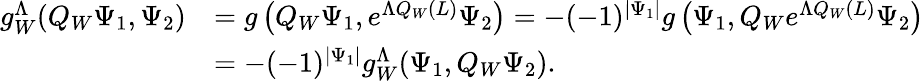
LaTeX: \begin{array}{rl}{g_{W}^{\Lambda}(Q_{W}\Psi_{1},\Psi_{2})}&{=g\left(Q_{W}\Psi_{1},e^{\Lambda Q_{W}(L)}\Psi_{2}\right)=-(-1)^{|\Psi_{1}|}g\left(\Psi_{1},Q_{W}e^{\Lambda Q_{W}(L)}\Psi_{2}\right)}\\ &{=-(-1)^{|\Psi_{1}|}g_{W}^{\Lambda}(\Psi_{1},Q_{W}\Psi_{2}).}\end{array}